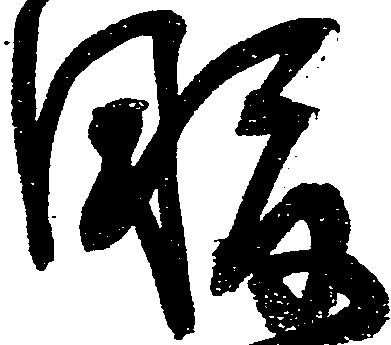
服